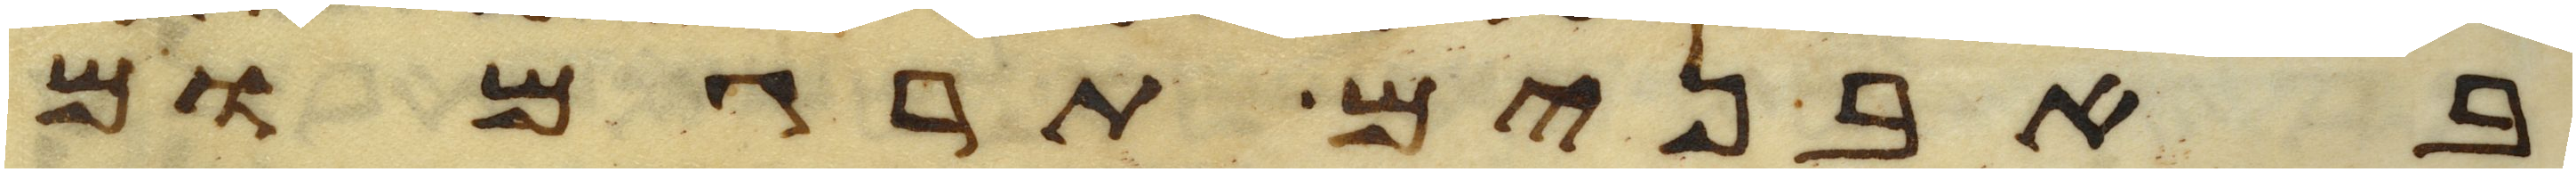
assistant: באבנים תרגמום